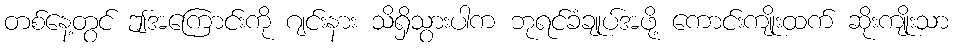
တစ်နေ့တွင် ဤအကြောင်းကို ဂျင်းနား သိရှိသွားပါက ဘုရင်ခံချုပ်အဖို့ ကောင်းကျိုးထက် ဆိုးကျိုးသာ